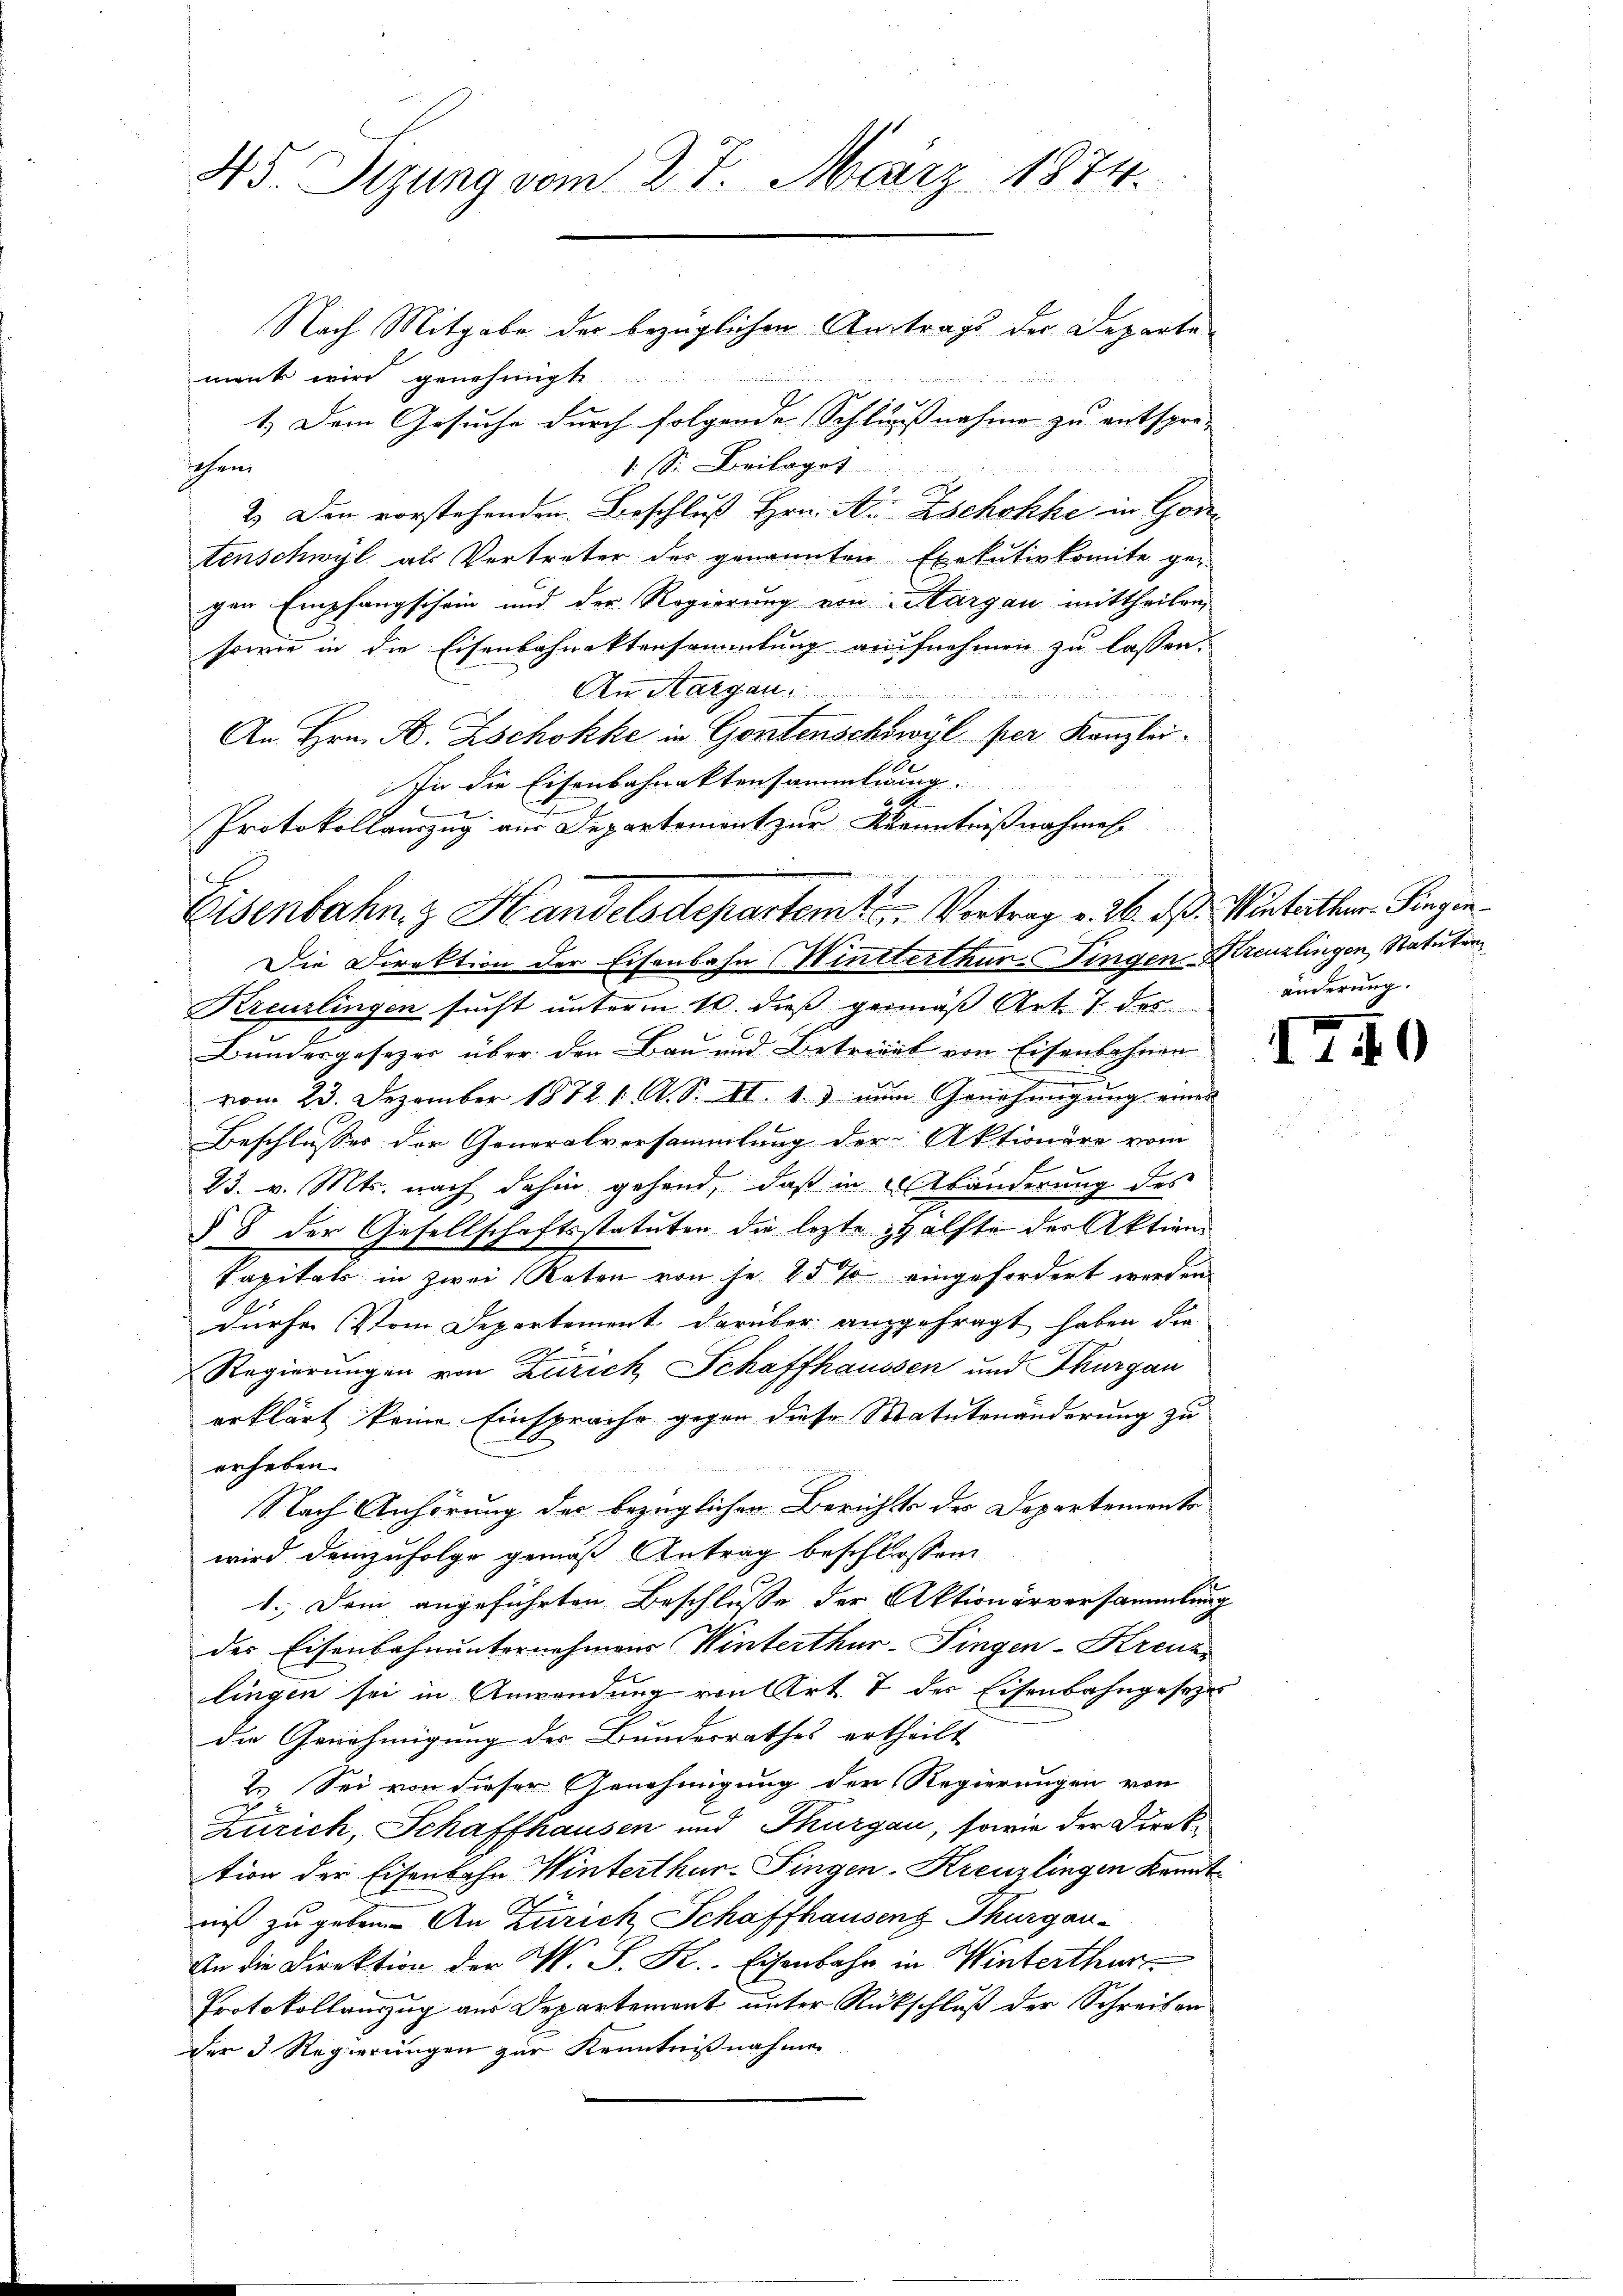
45. Sizung vom 27. März 1874.

Nach Mitgabe der bezüglichen Antrags der Departemank wird genehmigt
1.) Dem Gesuche durch folgende Schlussnahme zu entspro- |
sehen
s. S. Beilage
2.) Den vorstehenden Beschluß Hrn. A. Zschokke in Go
tenschwyl, als Vertreter der genannten Exekutivkomite ge-
gen Empfangschein und der Regierung von Margau mittheilen,
sowie in die Eisenbahnaktensammlung aufnehmen zu lassen.
An Margau.
An Hrn. B. Zschokke in Gontenschöwyl per Kanzlei.
In die Eisenbahnaktensammlung.
.
Protokollauszug aus Departement zur Kenntnißnahmen

14.
Die Direktion der Eisenbahn Wintterthur ingen Kreuzlingen, Statuten
Kreuzlingen sucht unterm 10. dieß gemäß Art. 7 des
E
Bundesgesezer über den Bau und Betriert von Eisenbahnen
vom 23. Dezember 1872 1. A. S. II. 1.) num Genehmigung einer
Beschlusses der Generalversammlung der Aktionäre vom
23. v. Mts. nach dahin gehend, daß in Abänderung des
§ 8 der Gesellschaftsstatuten die lezte Hälfte der Aktienkapitals in zwei Raten von je 25 % eingefordert worden
dürfe. Vom Departement darüber anzgefragt haben die
Regierungen von Zürich, Schaffhaussen und Thurgau
erklärt keine Einsprache gegen diese Matutenänderung zu
erheben.

Nach Anhörung der bezüglicher Berichts der Departements
wird demzufolge gemäß Antrag beschlossen:
1. Dem angeführten Beschlusse der Aktionärversammlung
des Eisenbahnunternehmens Winterthur–Singen-Kreuzi
lingen sei in Anwendung von Art. 7 des Eisenbahngeseze
die Genehmigung der Bundesrathes ertheilt
2. Sei von dieser Genehmigung der Regierungen von
Zürich, Schaffhausen und Thurgau, sowie der Direktion der Eisenbahn Winterthur-Fingen-Kreuzlingen Kanntniß zu geben. An Zürich Schaffhausens Thurgau-
An die Direktion der N. S. K. Eisenbahr in Winterthur
Protokollauszug aus Departement unter Rückschluß der Schreiben
der 3 Regierungen zur Kenntnißnahmen

Eisenbahn z Handelsdepartemter Vortrag v. 26. d

d. Winterthur Singen
änderung.

1740